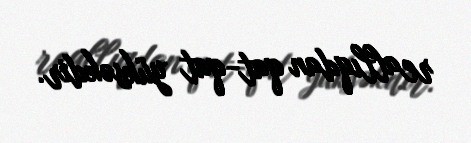
reallıqdan qat-qat yüksəkdir.